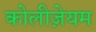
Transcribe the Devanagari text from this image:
कोलीज़ेयम